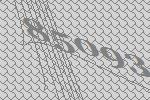
85093